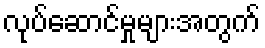
လုပ်ဆောင်မှုများအတွက်